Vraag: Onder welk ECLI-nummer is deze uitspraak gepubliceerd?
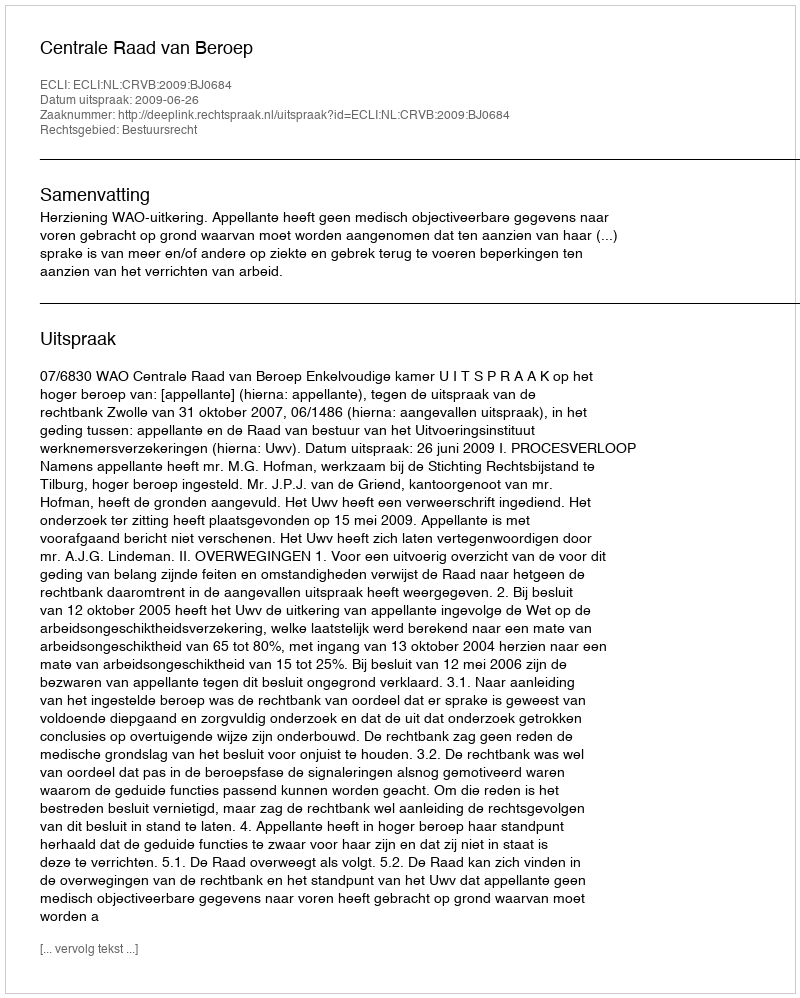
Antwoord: ECLI:NL:CRVB:2009:BJ0684